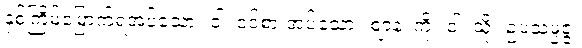
နှစ်ကြိမ်မြောက်ရအပ်သော။ ဝါ၊ ဝင်စားအပ်သော။ ဈာနံ၊ ကို။ ဝါ၊ သို့။ ဥပသမ္ပဇ္ဇ၊